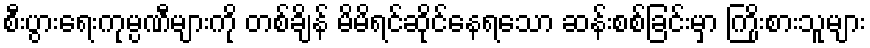
စီးပွားရေးကုမ္ပဏီများကို တစ်ချိန် မိမိရင်ဆိုင်နေရသော ဆန်းစစ်ခြင်းမှာ ကြိုးစားသူများ